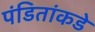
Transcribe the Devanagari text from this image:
पंडितांकडे